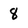
Character: 8